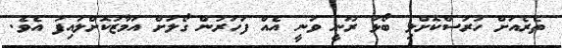
ތެރެއަށް ހުރަސްކޮށްލި ބޯޅަ ރޫނީ ވަނީ އެއް ފަހަރުން ގޯލަށް އަމާޒުކޮށްލައިފަ އެވެ.